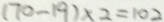
( 7 0 - 1 9 ) \times 2 = 1 0 2